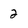
Character: 2